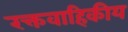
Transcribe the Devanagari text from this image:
रक्तवाहिकीय